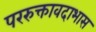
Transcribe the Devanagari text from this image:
पररुक्तावदाभास